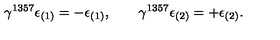
\gamma ^ { 1 3 5 7 } \epsilon _ { ( 1 ) } = - \epsilon _ { ( 1 ) } , \qquad \gamma ^ { 1 3 5 7 } \epsilon _ { ( 2 ) } = + \epsilon _ { ( 2 ) } .